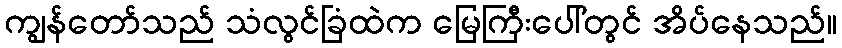
ကျွန်တော်သည် သံလွင်ခြံထဲက မြေကြီးပေါ်တွင် အိပ်နေသည်။